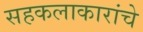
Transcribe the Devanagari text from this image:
सहकलाकारांचे